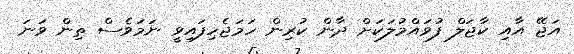
އަޖޭ އާއި ކާޖަލް ފުވައްމުލަކަށް ދާން ކުރިން ހަމަޖެހިފައިވީ ނަމަވެސް ތިން ވަނަ